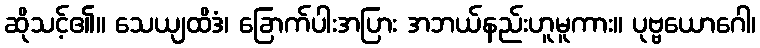
ဆိုသင့်၏။ သေယျထိဒံ၊ ခြောက်ပါးအပြား အဘယ်နည်းဟူမူကား။ ပုဗ္ဗယောဂေါ၊